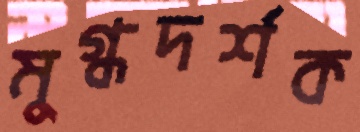
মুগ্ধদর্শক